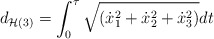
\begin{align*}d_{{\cal H}(3)}=\int_0^{\tau} \sqrt{({\dot x}_1^2+{\dot x}^2_2 +{\dot x}^2_3)}dt\end{align*}